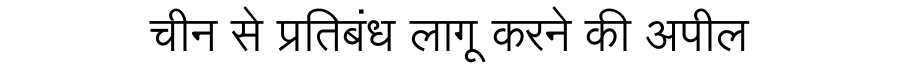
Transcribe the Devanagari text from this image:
चीन से प्रतिबंध लागू करने की अपील